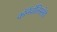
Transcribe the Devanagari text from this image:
कॉर्नवॉलिसनेही